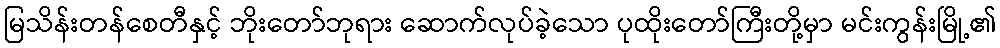
မြသိန်းတန်စေတီနှင့် ဘိုးတော်ဘုရား ဆောက်လုပ်ခဲ့သော ပုထိုးတော်ကြီးတို့မှာ မင်းကွန်းမြို့၏